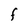
Character: F